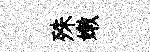
殊嫩